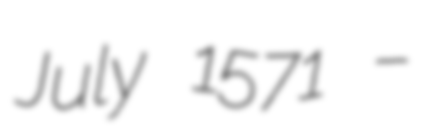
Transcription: July 1571 –